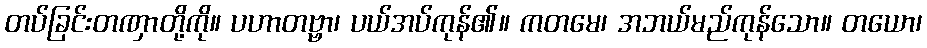
တပ်ခြင်းတဏှာတို့ကို။ ပဟာတဗ္ဗာ၊ ပယ်အပ်ကုန်၏။ ကတမေ၊ အဘယ်မည်ကုန်သော။ တယော၊